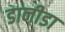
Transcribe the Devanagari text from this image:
डानीडा